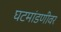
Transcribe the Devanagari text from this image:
घटमांडणीवर